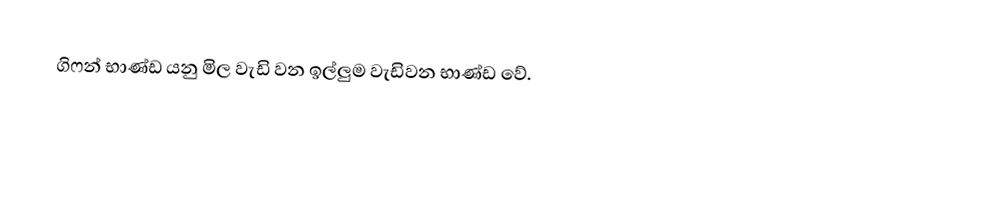
ගිෆන් භාණ්ඩ යනු මිල වැඩි වන ඉල්ලුම වැඩිවන භාණ්ඩ වේ.